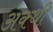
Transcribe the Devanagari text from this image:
अक्थी